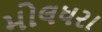
મોલધરા